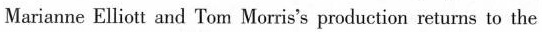
Marianne Elliott and Tom Morris's production returns to the